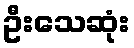
ဦးသေဆုံး